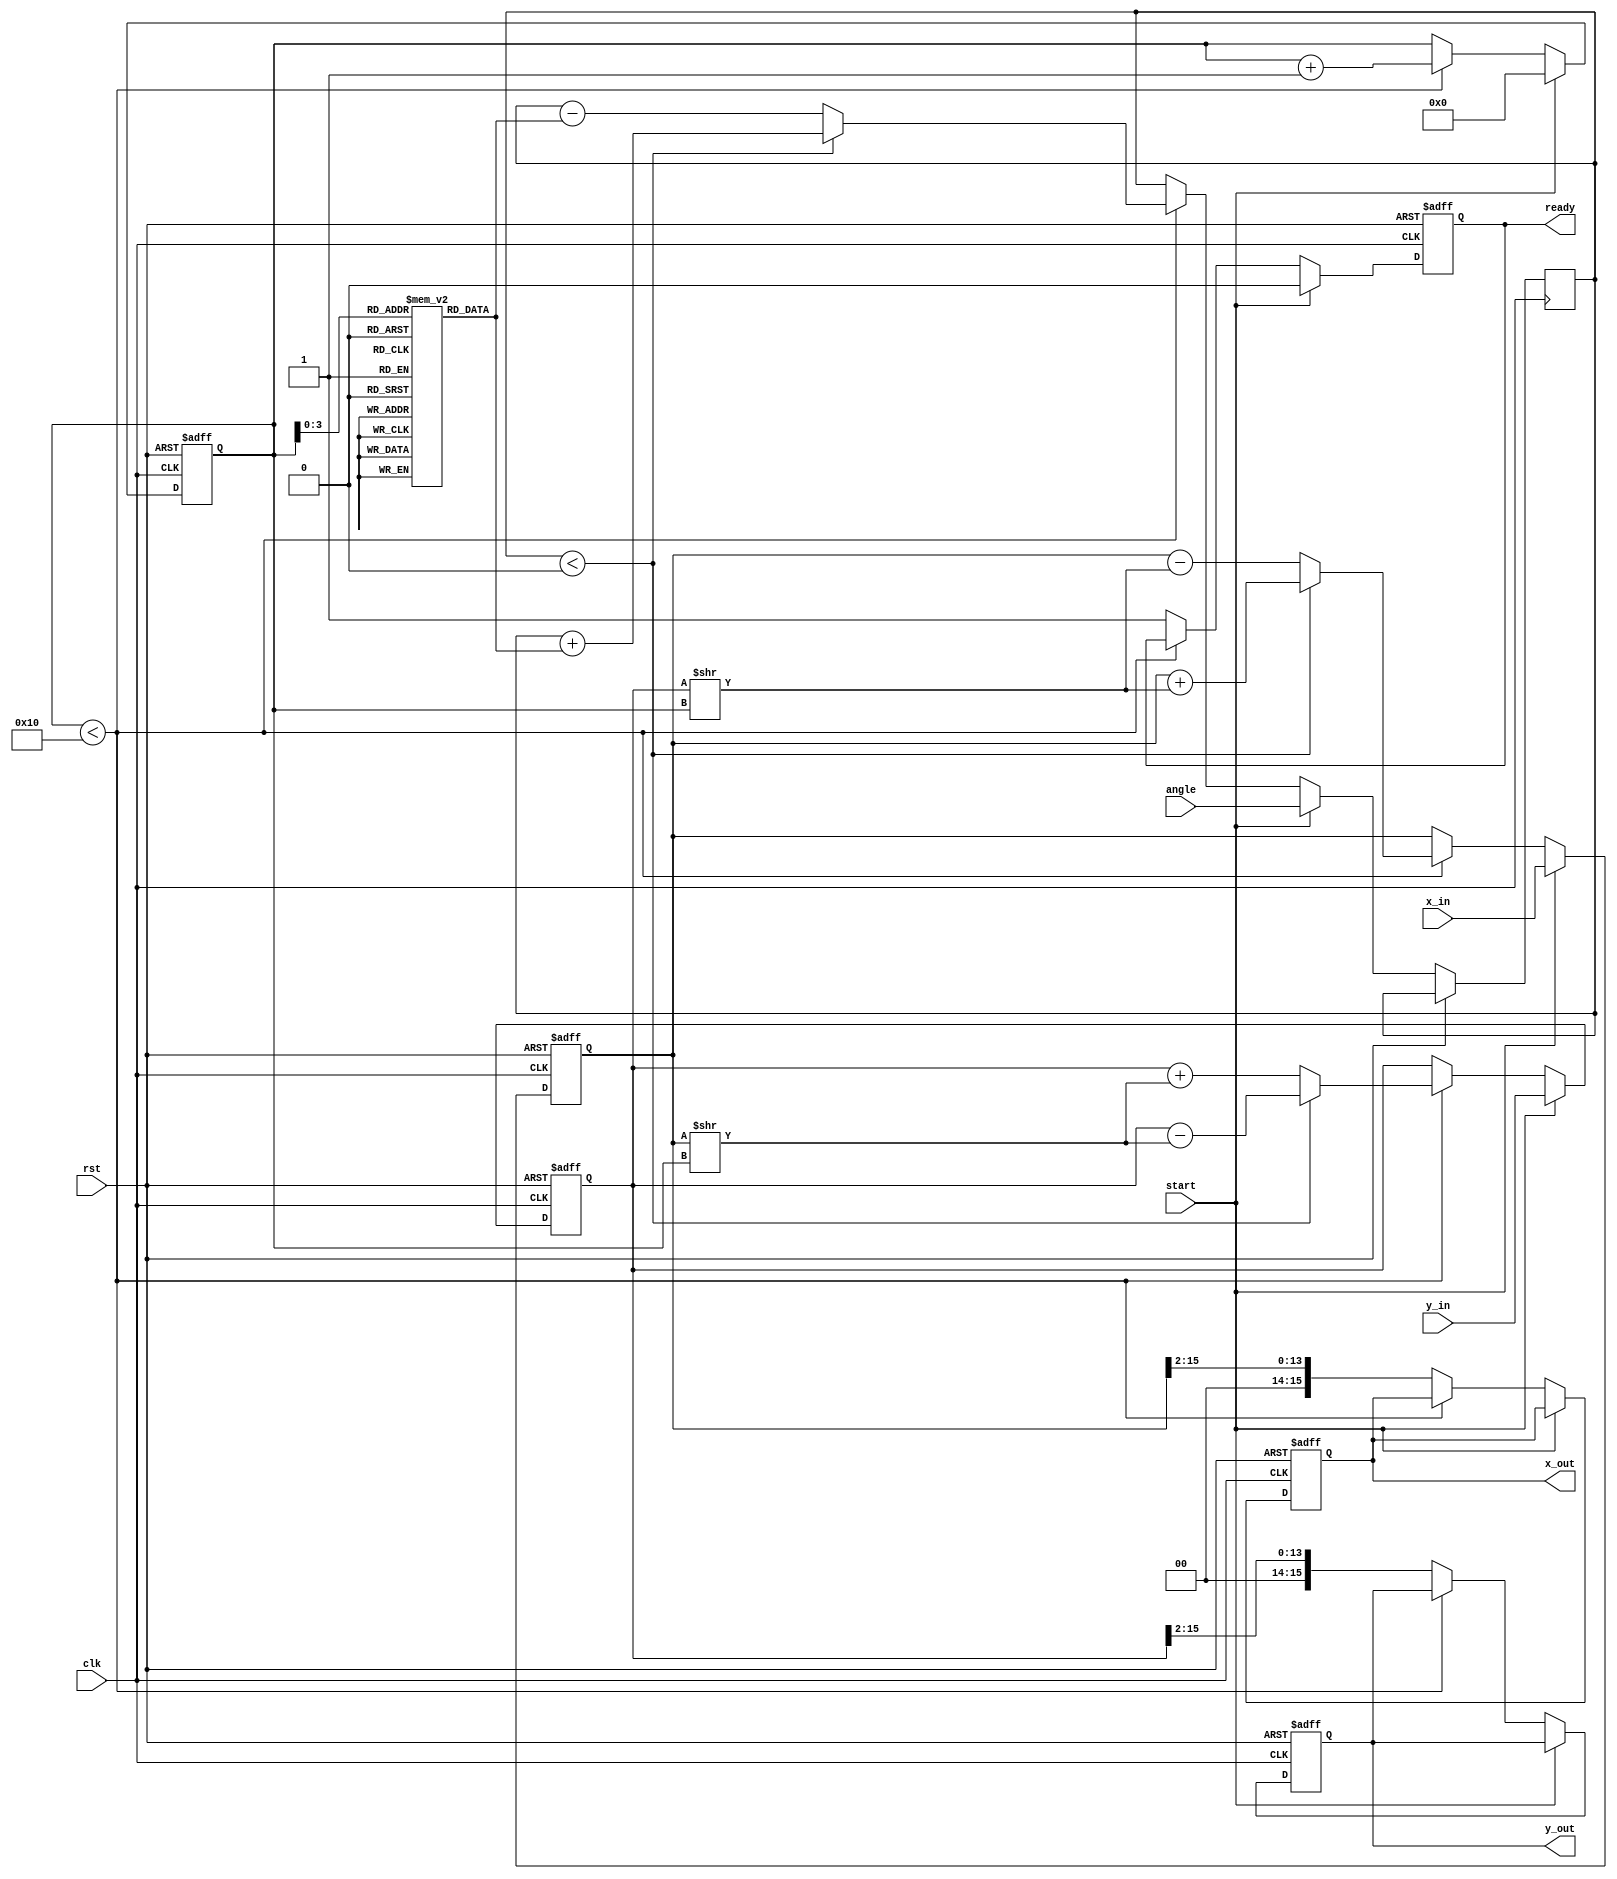
module cordic (
    input  wire        clk,
    input  wire        rst,
    input  wire        start,
    input  wire [15:0] angle,       // Input angle in radians (16-bit)
    input  wire [15:0] x_in,        // Input X coordinate (16-bit)
    input  wire [15:0] y_in,        // Input Y coordinate (16-bit)
    output reg  [15:0] x_out,       // Output X coordinate (16-bit)
    output reg  [15:0] y_out,       // Output Y coordinate (16-bit)
    output reg         ready         // Indicates operation completion
);

// LUT for pre-computed arctangent values (in fixed-point or Q format)
reg [15:0] lut [0:15];  // LUT size for 16 pre-computed angles
initial begin
    lut[0]  = 16'h0000; // atan(0) = 0
    lut[1]  = 16'h199a; // atan(1/2) = 26.565 degrees
    lut[2]  = 16'h3000; // atan(1) = 45 degrees
    lut[3]  = 16'h4000; // atan(2) = 63.435 degrees
    lut[4]  = 16'h4b4a; // atan(3) = 71.565 degrees
    lut[5]  = 16'h5664; // atan(4) = 75.96 degrees
    lut[6]  = 16'h5c00; // atan(6) = 77.47 degrees
    lut[7]  = 16'h6000; // atan(7) = 81.06 degrees
    lut[8]  = 16'h6d32; // atan(8) = 83.66 degrees
    lut[9]  = 16'h7000; // atan(9) = 84.29 degrees
    lut[10] = 16'h724e; // atan(10) = 85.0 degrees
    lut[11] = 16'h7550; // atan(11) = 86.3 degrees
    lut[12] = 16'h7782; // atan(12) = 87.0 degrees
    lut[13] = 16'h7999; // atan(13) = 88.0 degrees
    lut[14] = 16'h7c00; // atan(14) = 89 degrees
    lut[15] = 16'h7fff; // approximate infinity, limit case
end

// Constants
parameter ITERATIONS = 16; // Number of iterations for CORDIC

// Control signals
reg [4:0] iter_count; // Iteration counter
reg [15:0] x; // X coordinate register
reg [15:0] y; // Y coordinate register
reg [15:0] angle_shift; // Angle shift

always @(posedge clk or posedge rst) begin
    if (rst) begin
        x <= 0;
        y <= 0;
        iter_count <= 0;
        ready <= 0;
        x_out <= 0;
        y_out <= 0;
    end else if (start) begin
        // Load input values and initialize
        x <= x_in;
        y <= y_in;
        angle_shift <= angle;
        iter_count <= 0;
        ready <= 0;
    end else if (iter_count < ITERATIONS) begin
        // Rotation logic
        if(angle_shift < 0) begin
            // Counter-clockwise rotation
            x <= x + (y >> iter_count);
            y <= y - (x >> iter_count);
            angle_shift <= angle_shift + lut[iter_count];
        end else begin
            // Clockwise rotation
            x <= x - (y >> iter_count);
            y <= y + (x >> iter_count);
            angle_shift <= angle_shift - lut[iter_count];
        end
        iter_count <= iter_count + 1;
    end else begin
        // Final output with scaling factor (for normalization)
        x_out <= x >>> 2; // Adjust down by scaling
        y_out <= y >>> 2; // Adjust down by scaling
        ready <= 1; // Indicate completion
    end
end

endmodule